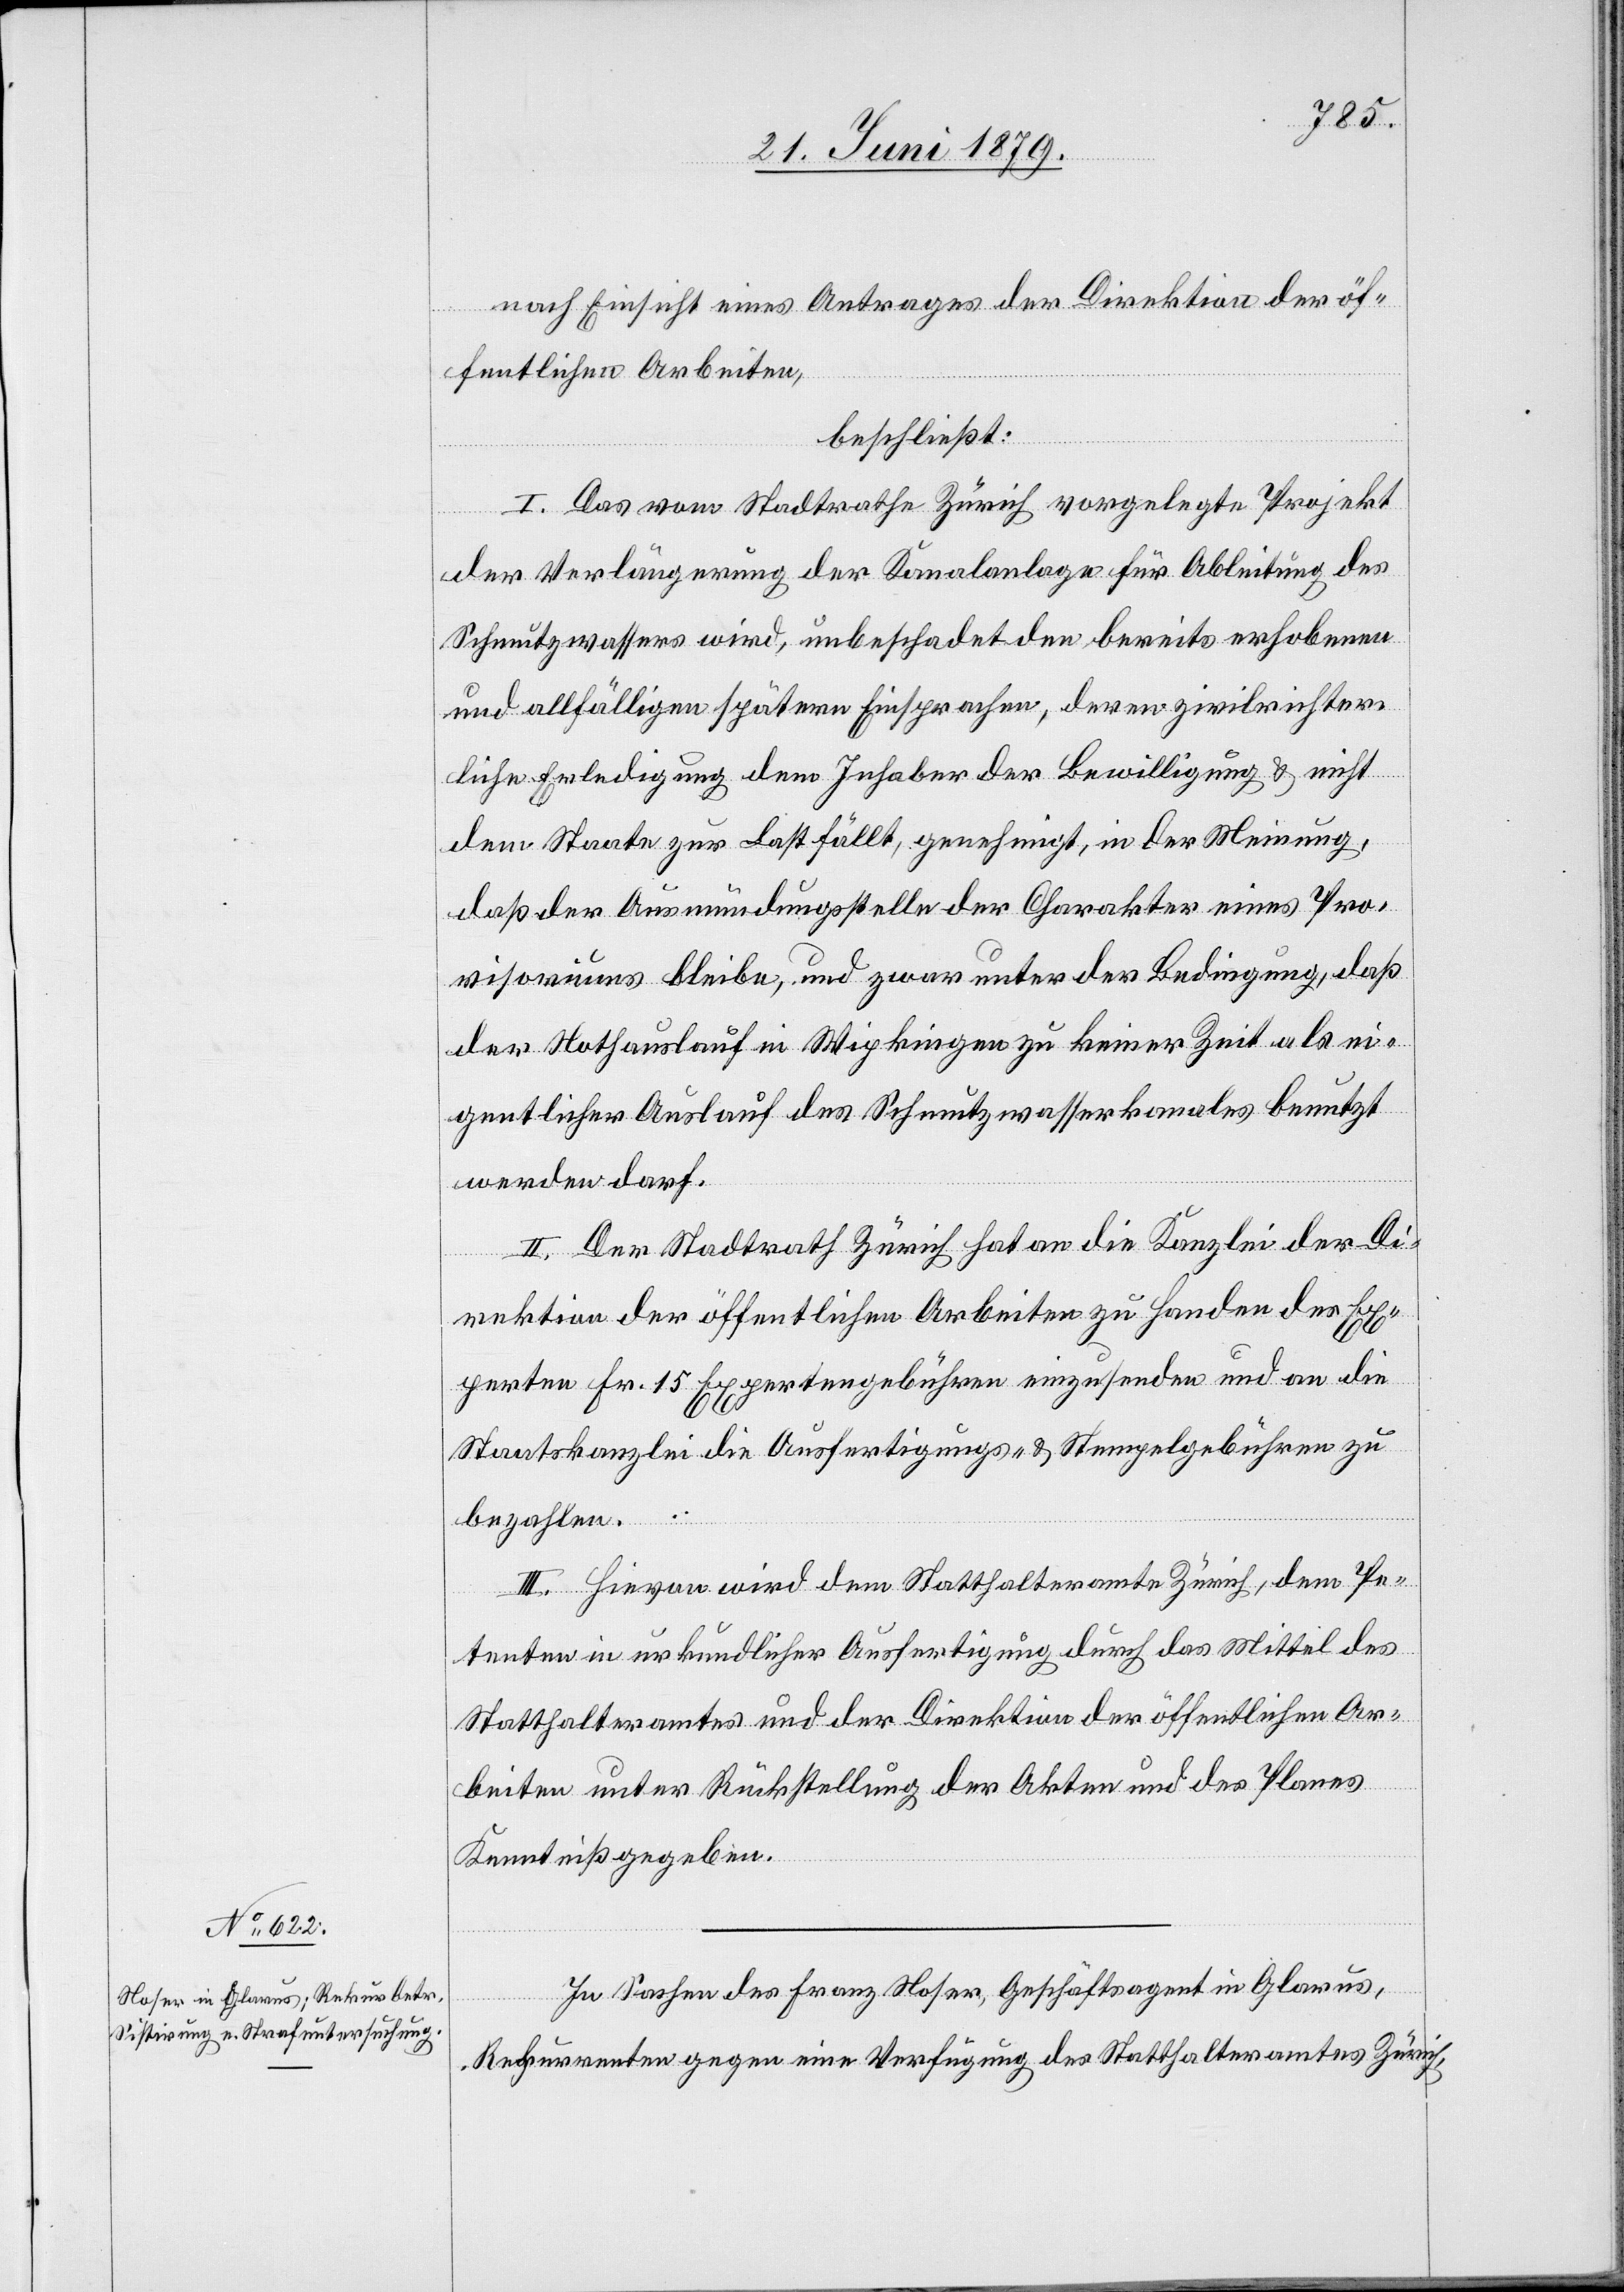
nach Einsicht eines Antrages der Direktion der öf¬
fentlichen Arbeiten,
beschließt:
I. Das vom Stadtrathe Zürich vorgelegte Projekt
der Verlängerung der Kanalanlage für Ableitung des
Schmutzwassers wird, unbeschadet den bereits erhobenen
und allfälligen spätern Einsprachen, deren zivilrichter¬
liche Erledigung dem Inhaber der Bewilligung & nicht
dem Staate zur Last fällt, genehmigt, in der Meinung,
daß der Ausmündungsstelle der Charakter eines Pro¬
visoriums bleibe, und zwar unter der Bedingung, daß
der Nothauslauf in Wipkingen zu keiner Zeit als ei¬
gentlicher Auslauf des Schmutzwasserkanales benutzt
werden darf.
II. Der Stadtrath Zürich hat an die Kanzlei der Di¬
rektion der öffentlichen Arbeiten zu Handen des Ex¬
perten Fr. 15 Expertengebühren einzusenden und an die
Staatskanzlei die Ausfertigungs- & Stempelgebühren zu
bezahlen.
III. Hievon wird dem Statthalteramte Zürich, dem Pe¬
tenten in urkundlicher Ausfertigung durch das Mittel des
Statthalteramtes und der Direktion der öffentlichen Ar¬
beiten unter Rückstellung der Akten und des Planes
Kenntniß gegeben.
In Sachen des Franz Noser, Geschäftsagent in Glarus,
Rekurrenten gegen eine Verfügung des Statthalteramtes Zürich,